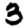
Digit: 3